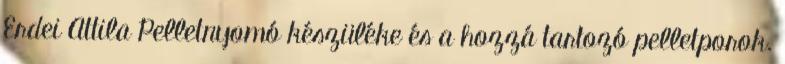
Erdei Attila Pelletnyomó készüléke és a hozzá tartozó pelletporok.